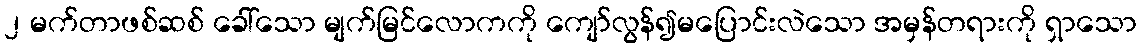
၂ မက်တာဖစ်ဆစ် ခေါ်သော မျက်မြင်လောကကို ကျော်လွန်၍မပြောင်းလဲသော အမှန်တရားကို ရှာသော